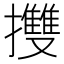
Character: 㩳